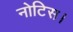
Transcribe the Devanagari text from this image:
नोटिस।